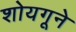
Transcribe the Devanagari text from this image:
शोयगूने